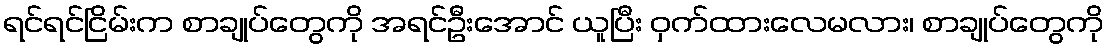
ရင်ရင်ငြိမ်းက စာချုပ်တွေကို အရင်ဦးအောင် ယူပြီး ဝှက်ထားလေမလား၊ စာချုပ်တွေကို